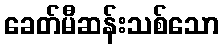
ခေတ်မီဆန်းသစ်သော